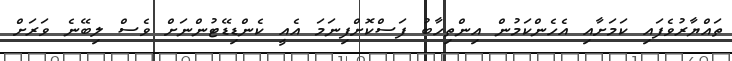
ތައްޔާރުވެފައި ކަމަށާއި އެހެންކަމުން އިންތިހާބު ފަސްކޮށްފިނަަމަ އެއީ ކެންޑިޑޭޓުންނަށް ވެސް ލިބޭނެ ވަރަށް